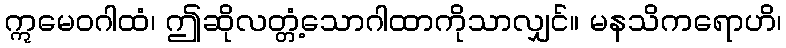
ဣမေဝဂါထံ၊ ဤဆိုလတ္တံ့သောဂါထာကိုသာလျှင်။ မနသိကရောဟိ၊